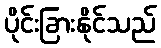
ပိုင်းခြားနိုင်သည်